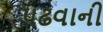
પઢવાની